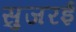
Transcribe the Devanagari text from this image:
सुजरई